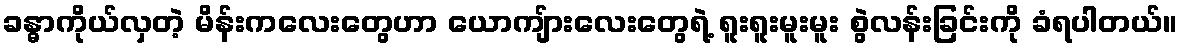
ခန္ဓာကိုယ်လှတဲ့ မိန်းကလေးတွေဟာ ယောကျ်ားလေးတွေရဲ့ ရူးရူးမူးမူး စွဲလန်းခြင်းကို ခံရပါတယ်။